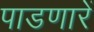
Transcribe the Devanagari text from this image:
पाडणारें